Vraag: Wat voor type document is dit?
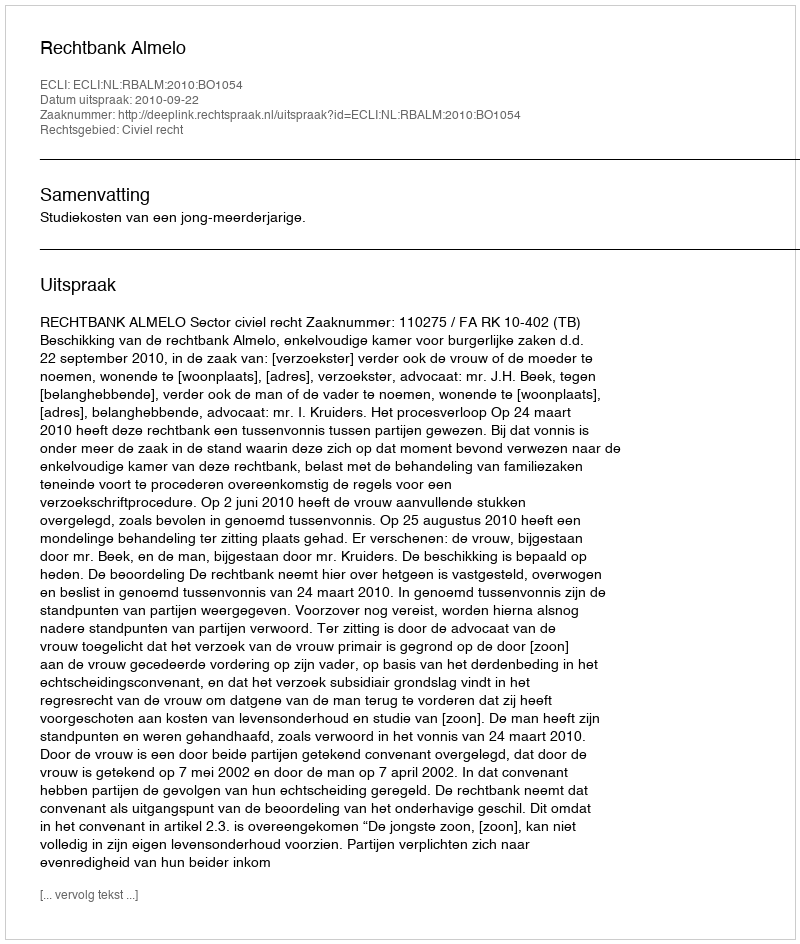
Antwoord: Uitspraak